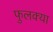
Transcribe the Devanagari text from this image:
फुलक्या